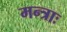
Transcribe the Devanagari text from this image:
मन्त्राः